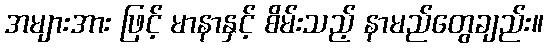
အများအား ဖြင့် မာနာနှင့် စိမ်းသည့် နာမည်တွေချည်း။